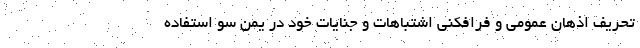
تحریف اذهان عمومی و فرافکنی اشتباهات و جنایات خود در یمن سو استفاده